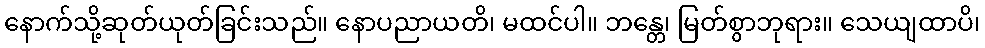
နောက်သို့ဆုတ်ယုတ်ခြင်းသည်။ နောပညာယတိ၊ မထင်ပါ။ ဘန္တေ၊ မြတ်စွာဘုရား။ သေယျထာပိ၊